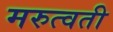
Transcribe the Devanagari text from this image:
मरुत्वती